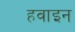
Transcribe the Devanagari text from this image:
हवाइन